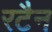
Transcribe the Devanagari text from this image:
रटैन